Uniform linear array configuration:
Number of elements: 24
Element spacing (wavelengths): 1
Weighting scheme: binomial
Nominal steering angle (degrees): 60
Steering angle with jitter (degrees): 60.669
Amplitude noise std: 0.05
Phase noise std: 0.05

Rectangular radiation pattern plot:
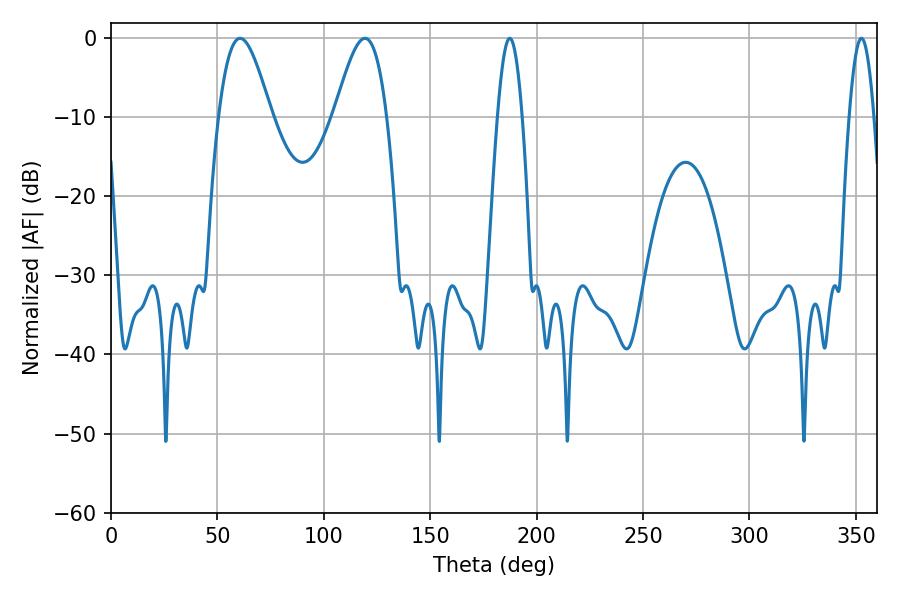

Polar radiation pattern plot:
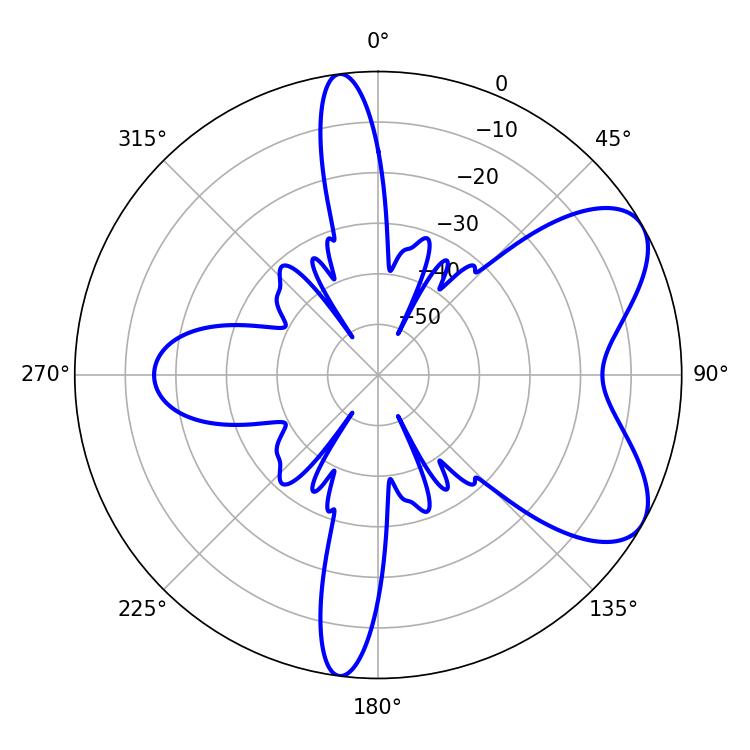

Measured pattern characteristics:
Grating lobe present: TRUE
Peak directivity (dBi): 6.787
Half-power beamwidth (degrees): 13.14
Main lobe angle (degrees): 60.66